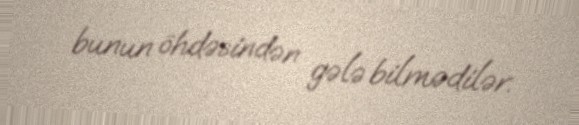
bunun öhdəsindən gələ bilmədilər.